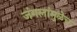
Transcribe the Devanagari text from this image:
जंगलांमुळेच